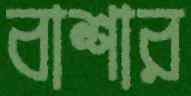
বাশার